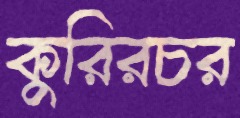
কুরিরচর